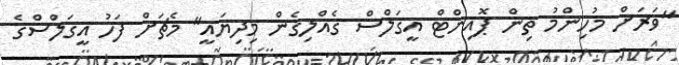
"ވަރަށް މުހިންމު ތިން ޕޮއިންޓް އީގަލްސް ގެއްލިގެން މިދިޔައީ" މެޗަށް ފަހު އީގަލްސްގެ